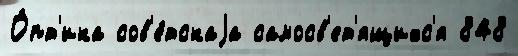
О́пт'ика сов'е́тскаjа самосв'ет'ящихс'я 848